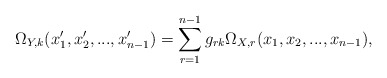
\begin{align*}\Omega_{Y,k}(x_1',x_2',...,x_{n-1}')=\sum_{r=1}^{n-1} g_{rk} \Omega_{X,r}(x_1,x_2,...,x_{n-1}),\end{align*}